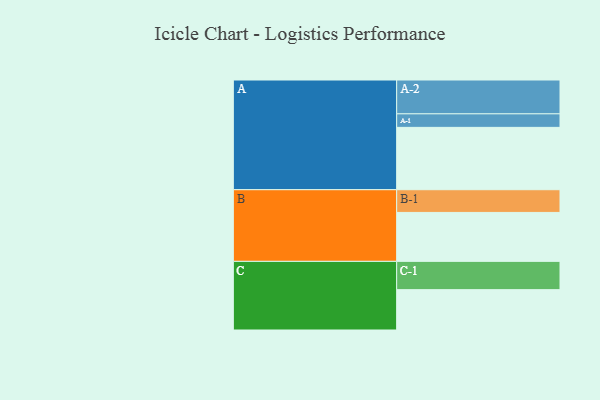
{"axis": {"x": "Segment", "y": "Value"}, "legend": ["", "A", "B", "C"], "data": [{"x": "A", "y": 516, "type": ""}, {"x": "B", "y": 405, "type": ""}, {"x": "C", "y": 334, "type": ""}, {"x": "A-1", "y": 112, "type": "A"}, {"x": "A-2", "y": 280, "type": "A"}, {"x": "B-1", "y": 188, "type": "B"}, {"x": "C-1", "y": 234, "type": "C"}]}